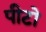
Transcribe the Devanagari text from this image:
पीटो